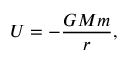
U = - { \frac { G M m } { r } } ,